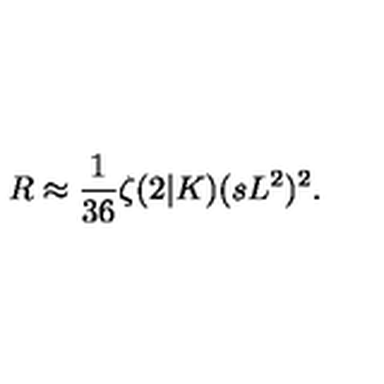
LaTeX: R \approx \frac { 1 } { 3 6 } \zeta ( 2 | K ) ( s L ^ { 2 } ) ^ { 2 } .